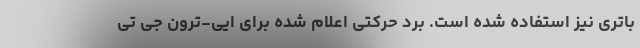
باتری نیز استفاده شده است. برد حرکتی اعلام شده برای ایی-ترون جی تی